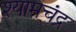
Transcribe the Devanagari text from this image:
श्यामचंद्र